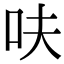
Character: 呋